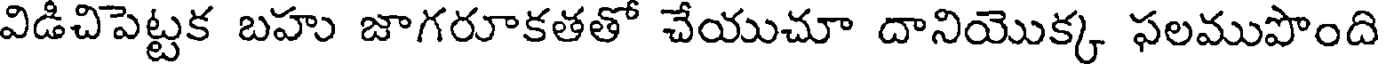
విడిచిపెట్టక బహు జాగరూకతతో చేయుచూ దానియొక్క ఫలముపొంది